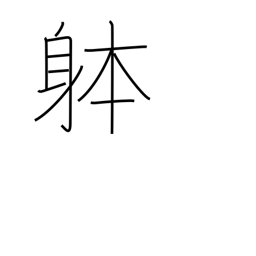
Meaning: object